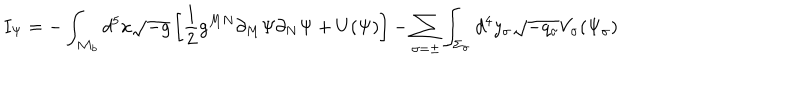
I _ { \Psi } = - \int _ { { \cal M } _ { b } } d ^ { 5 } x \sqrt { - g } \left[ \frac { 1 } { 2 } g ^ { M N } \partial _ { M } \Psi \partial _ { N } \Psi + U ( \Psi ) \right] - \sum _ { \sigma = \pm } \int _ { \Sigma _ { \sigma } } d ^ { 4 } y _ { \sigma } \sqrt { - q _ { \sigma } } V _ { \sigma } ( \Psi _ { \sigma } )